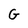
Character: G